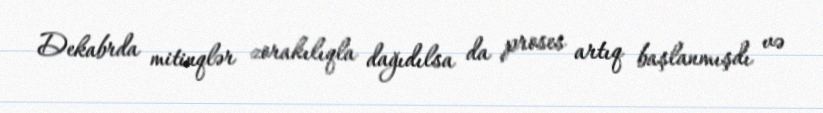
Dekabrda mitinqlər zorakılıqla dağıdılsa da proses artıq başlanmışdı və